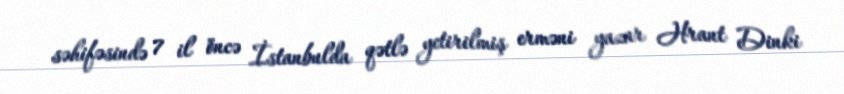
səhifəsində 7 il öncə İstanbulda qətlə yetirilmiş erməni yazar Hrant Dinki